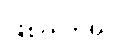
ဖြစ်ပါတယ်။